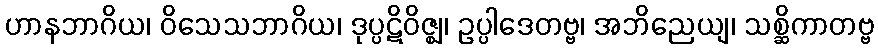
ဟာနဘာဂိယ၊ ဝိသေသဘာဂိယ၊ ဒုပ္ပဋိဝိဇ္ဈ၊ ဥပ္ပါဒေတဗ္ဗ၊ အဘိညေယျ၊ သစ္ဆိကာတဗ္ဗ